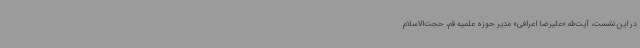
در این نشست، آیت‌الله «علیرضا اعرافی» مدیر حوزه علمیه قم، حجت‌الاسلام